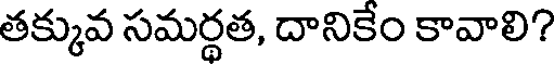
తక్కువ సమర్థత, దానికేం కావాలి?